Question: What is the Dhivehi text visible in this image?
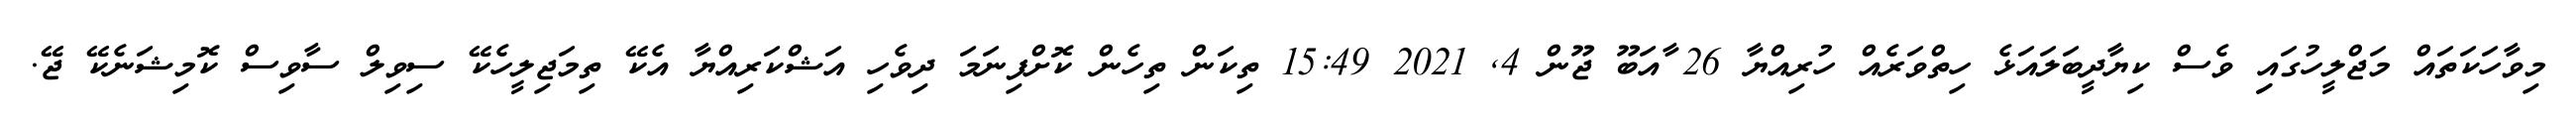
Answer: މިވާހަކަތައް މަޖްލީހުގައިި ވެސް ކިޔާދީބަލައަޅެ ހިތްވަރެއް ހުރިއްޔާ 26 ާއަބޫ ޖޫން 4, 2021 15:49 ތިކަން ތިހެން ކޮށްފިނަމަ ދިވެހި އަޝްކަރިއްޔާ އެކޭ ތިމަޖިލީހެކޭ ސިވިލް ސާވިސް ކޮމިޝަނެކޭ ޖޭ.